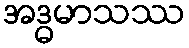
အဒ္ဓမာသဿ